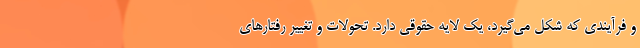
و فرآیندی که شکل می‌گیرد، یک لایه حقوقی دارد. تحولات و تغییر رفتارهای